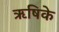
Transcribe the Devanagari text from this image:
ऋषिके